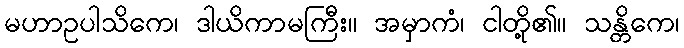
မဟာဥပါသိကေ၊ ဒါယိကာမကြီး။ အမှာကံ၊ ငါတို့၏။ သန္တိကေ၊